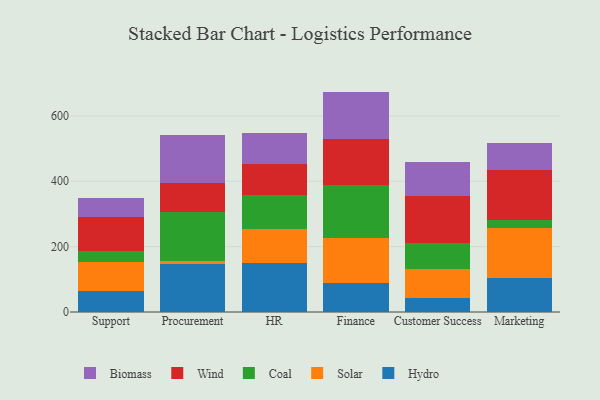
{"axis": {"x": "Department", "y": "Revenue (USD Million)"}, "legend": ["Biomass", "Coal", "Hydro", "Solar", "Wind"], "data": [{"x": "Support", "y": 64.4, "type": "Hydro"}, {"x": "Support", "y": 89.3, "type": "Solar"}, {"x": "Support", "y": 33.9, "type": "Coal"}, {"x": "Support", "y": 103.0, "type": "Wind"}, {"x": "Support", "y": 58.8, "type": "Biomass"}, {"x": "Procurement", "y": 146.9, "type": "Hydro"}, {"x": "Procurement", "y": 9.8, "type": "Solar"}, {"x": "Procurement", "y": 149.8, "type": "Coal"}, {"x": "Procurement", "y": 87.5, "type": "Wind"}, {"x": "Procurement", "y": 146.4, "type": "Biomass"}, {"x": "HR", "y": 150.9, "type": "Hydro"}, {"x": "HR", "y": 103.5, "type": "Solar"}, {"x": "HR", "y": 103.7, "type": "Coal"}, {"x": "HR", "y": 93.8, "type": "Wind"}, {"x": "HR", "y": 94.4, "type": "Biomass"}, {"x": "Finance", "y": 88.0, "type": "Hydro"}, {"x": "Finance", "y": 136.9, "type": "Solar"}, {"x": "Finance", "y": 164.8, "type": "Coal"}, {"x": "Finance", "y": 140.7, "type": "Wind"}, {"x": "Finance", "y": 143.9, "type": "Biomass"}, {"x": "Customer Success", "y": 42.1, "type": "Hydro"}, {"x": "Customer Success", "y": 89.8, "type": "Solar"}, {"x": "Customer Success", "y": 78.3, "type": "Coal"}, {"x": "Customer Success", "y": 143.8, "type": "Wind"}, {"x": "Customer Success", "y": 105.4, "type": "Biomass"}, {"x": "Marketing", "y": 102.7, "type": "Hydro"}, {"x": "Marketing", "y": 153.8, "type": "Solar"}, {"x": "Marketing", "y": 24.9, "type": "Coal"}, {"x": "Marketing", "y": 154.0, "type": "Wind"}, {"x": "Marketing", "y": 82.3, "type": "Biomass"}]}